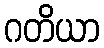
ဂတိယာ